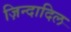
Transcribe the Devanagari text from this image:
ज़िन्दादिल